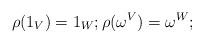
LaTeX: \begin{align*}\rho(1_V)=1_W;\rho(\omega^V)=\omega^W;\end{align*}